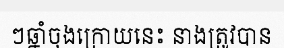
ៗឆ្នាំចុងក្រោយនេះ នាងត្រូវបាន